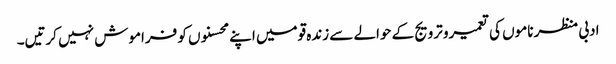
ادبی منظر ناموں کی تعمیرو ترویج کے حوالے سے زندہ قومیں اپنے محسنوں کو فراموش نہیں کرتیں۔